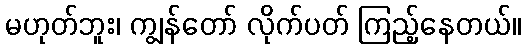
မဟုတ်ဘူး၊ ကျွန်တော် လိုက်ပတ် ကြည့်နေတယ်။